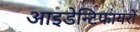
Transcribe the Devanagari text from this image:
आइडेन्टिफायरों